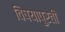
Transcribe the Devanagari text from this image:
विषयापुरती